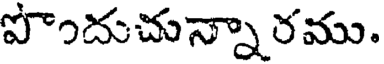
పొందుచున్నా రము.